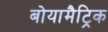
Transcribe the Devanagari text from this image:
बोयामैट्रिक